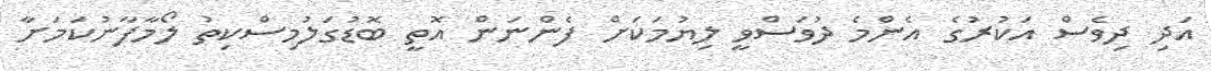
އަދި ދިވެސް އަކުރުގެ އެންމެ ދުވަސްވީ ލިޔުމަކަށް ފެންނަން އޮތީ ބޮޑުގަލުމިސްކިތު ލޯމާފާނުކަމަށާ